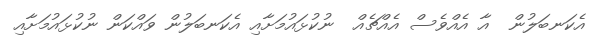
އެކަނބަލުން  އާ އެއްވެސް އެއްޗެއް  ނުކުޅައުމަށާއި އެކަނބަލުން ވައްކަން ނުކުޅައުމަށާއި